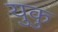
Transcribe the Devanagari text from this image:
युकु